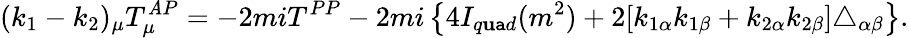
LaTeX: (k_{1}-k_{2})_{\mu}T_{\mu}^{\mathit{A}P}=-2miT^{PP}-2mi\left\{ 4I_{q\mathbf{u}\mathtt{a}d}(m^{2})+2[k_{1\alpha}k_{1\beta}+k_{2\alpha}k_{2\beta}]\triangle_{\alpha\beta}\right\} .